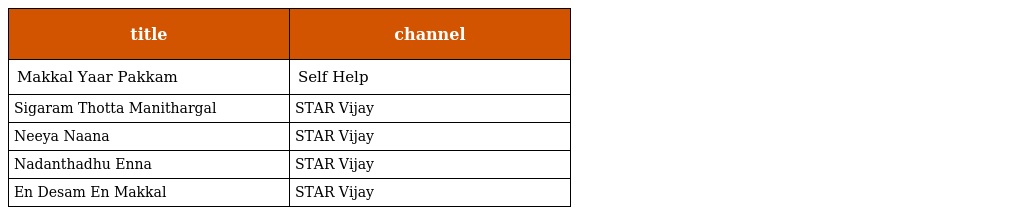
| title | channel |
 | --- | --- |
 | Makkal Yaar Pakkam | Self Help |
 | Sigaram Thotta Manithargal | STAR Vijay |
 | Neeya Naana | STAR Vijay |
 | Nadanthadhu Enna | STAR Vijay |
 | En Desam En Makkal | STAR Vijay |